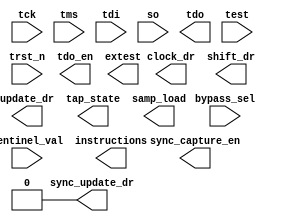
////////////////////////////////////////////////////////////////////////////////
//
// Empty stub, placeholder for Synopsys-proprietary DW_tap from designware
//
// ABSTRACT:  TAP Controller
//
//  Input Ports:    Size        Description
//  ===========     ====        ===========
//  tck              1 bit      Test clock 
//  trst_n           1 bit      Test reset, active low 
//  tms              1 bit      Test mode select 
//  tdi              1 bit      Test data in 
//  so               1 bit      Serial data from boundary scan 
//                                register and data registers 
//  bypass_sel       1 bit      Selects the bypass register 
//                         
//  sentinel_val    width - 1   User-defined status bits        
//                         
//  Output Ports    Size        Description
//  ============    ====        ===========
//  clock_dr         1 bit      Controls the boundary scan register     
//  shift_dr         1 bit      Controls the boundary scan register
//  update_dr        1 bit      Controls the boundary scan register
//  tdo              1 bit      Test data out
//  tdo_en           1 bit      Enable for tdo output buffer
//  tap_state       16 bit      Current state of the TAP 
//                                finite state machine
//  extest           1 bit      EXTEST decoded instruction
//  samp_load        1 bit      SAMPLE/PRELOAD decoded instruction
//  instructions    width       Instruction register output     
//
			  		
module DW_tap (
    tck, trst_n, tms, tdi, so, bypass_sel, sentinel_val, 
    clock_dr, shift_dr, update_dr, tdo, tdo_en, tap_state, extest, samp_load, 
    instructions, sync_capture_en, sync_update_dr,test );

  parameter width = 2;
  parameter id = 0;
  parameter version = 0;
  parameter part = 0;
  parameter man_num = 0;
  parameter sync_mode = 0;
  parameter tst_mode = 1;

  input  tck;
  input  trst_n;
  input  tms;
  input  tdi;
  input  so;
  input  bypass_sel;
  input  [(width - 2):0] sentinel_val;
 
  output  clock_dr;
  output  shift_dr;
  output  update_dr;
  output  tdo;
  output  tdo_en;
  output  [15:0] tap_state;
  output  extest;
  output  samp_load;
  output  [(width - 1):0] instructions;
  output  sync_capture_en;
  output  sync_update_dr;
  
  input   test;

   assign sync_update_dr = 0;
 
 endmodule